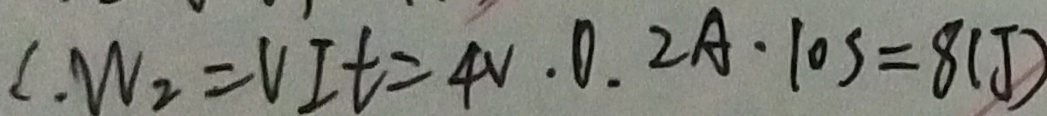
\therefore W _ { 2 } = V I t = 4 V . 0 . 2 A \cdot 1 0 S = 8 ( J )